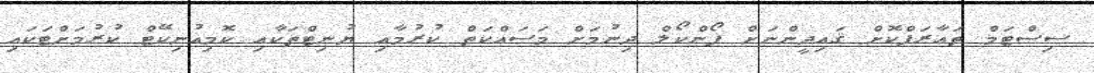
ސިސްޓަމް ތަޢާރަފްކޮށް ޤައިދީންނަށް ފޯންކޯލް ދިނުމަށް މަސައްކަތް ކުރުމާއި ޔުނިޓްތަކާއި ކޮމިއުނިކޭޓް ކުރުމަށްޓަކައި